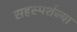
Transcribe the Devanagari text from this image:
सहस्पर्शज्या